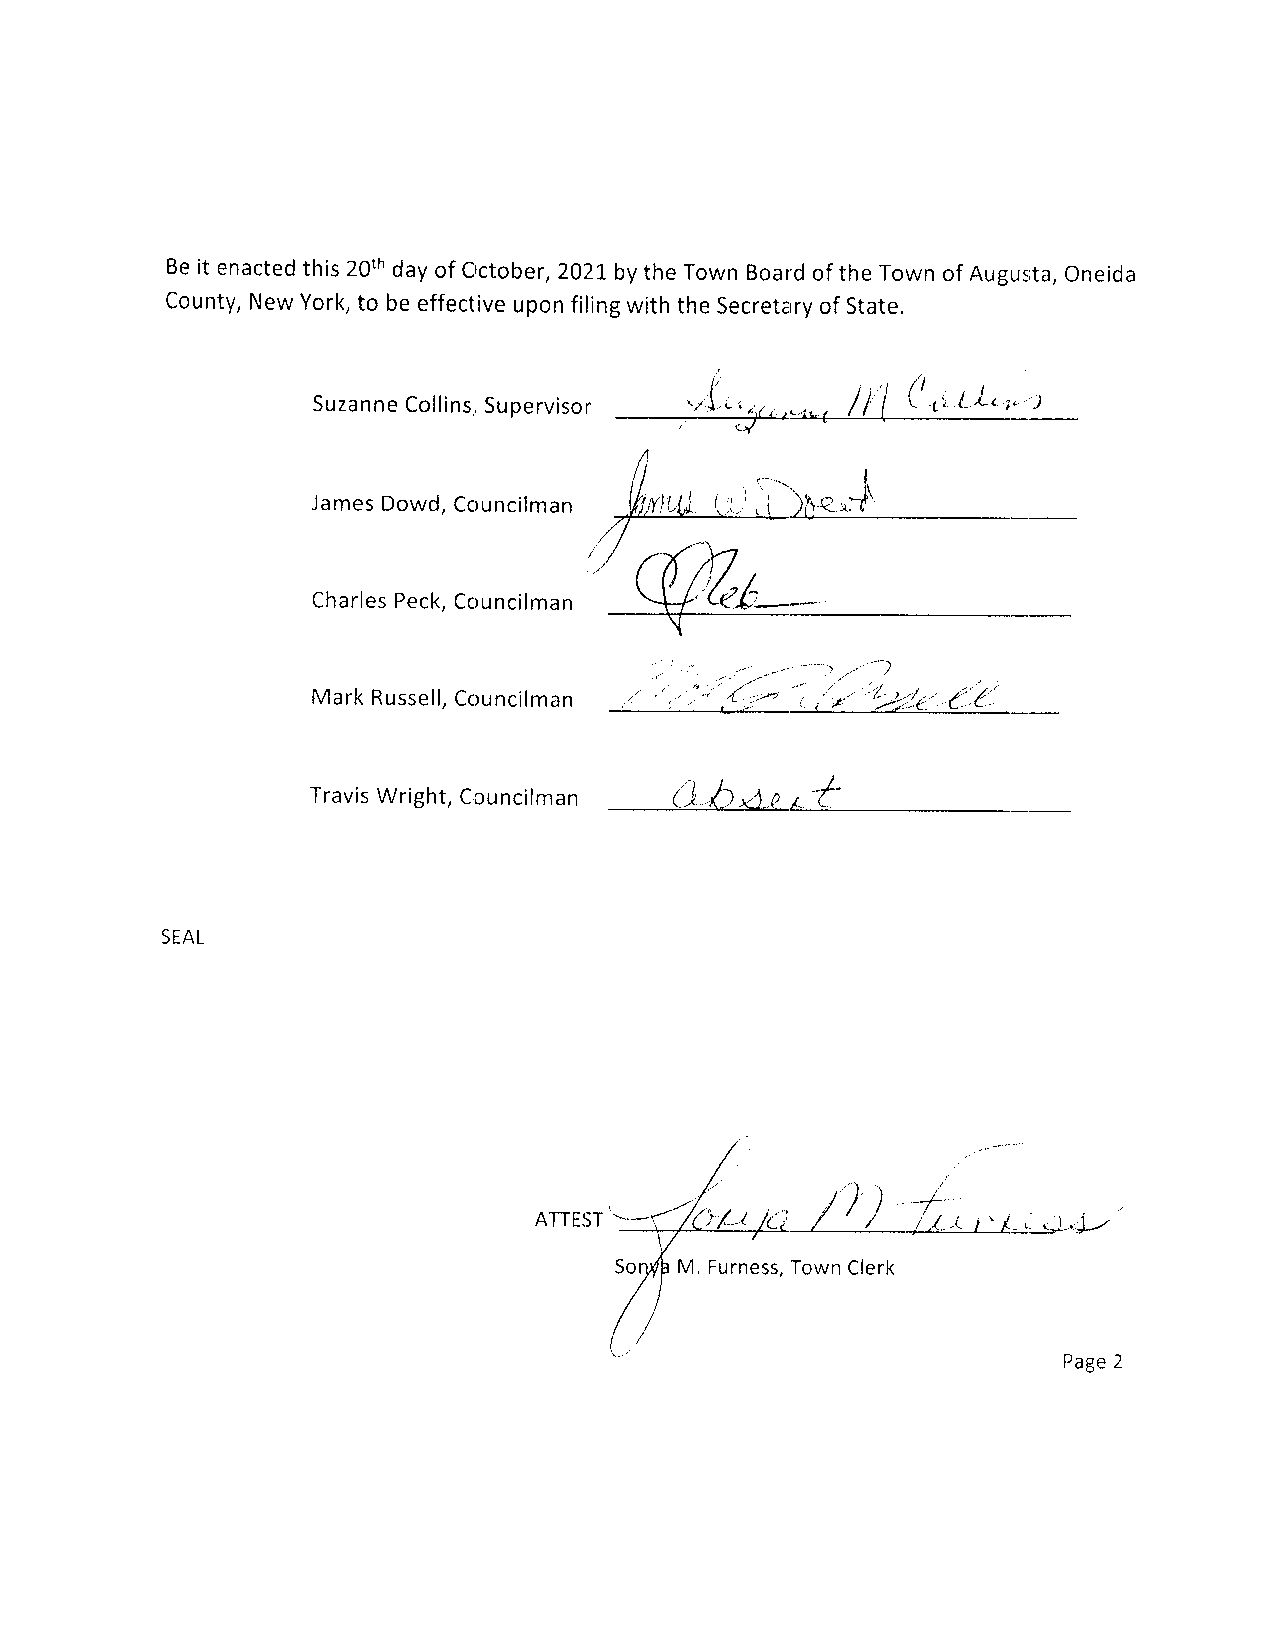
Bei t enactedth is2 0thd ayo f Crctober,202bLy the TownB oardo f the Towno f Augus;tao,n eida
 county,N ewY ork,t o be effectiveu ponf ilingw itht he secretarroyf state.
 (
 suzannCe ollinsS,u, pervisor ",J---7., - *z----r.... , .., . ,- / I | i, t"L r', )
 JamesD owd,C ouncilman
 CharlePs eckC, ouncilman
 '      - l, 'Lr,rr'
 {.--'          (':.('
 MarkR usselCl,o uncilman
 0 h a,o/' t
 TravisW right,C ,ouncilman
 SEAL
 ATTEST
 Sory/Mh , FurnesTs,o wnC lerk
 Daoo )